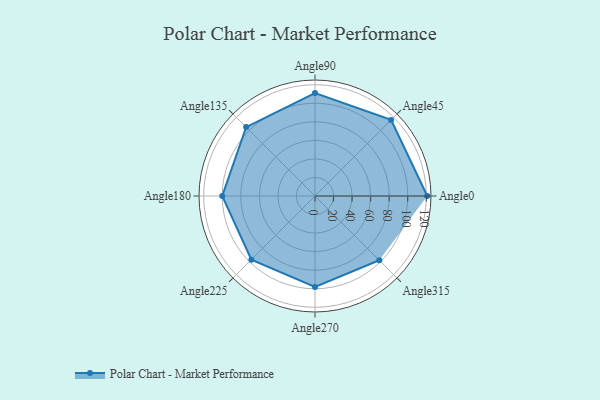
{"axis": {"x": "Angle", "y": "Radius"}, "legend": [""], "data": [{"x": "Angle0", "y": 121.0, "type": ""}, {"x": "Angle45", "y": 116.0, "type": ""}, {"x": "Angle90", "y": 111.0, "type": ""}, {"x": "Angle135", "y": 105.0, "type": ""}, {"x": "Angle180", "y": 100.0, "type": ""}, {"x": "Angle225", "y": 97.0, "type": ""}, {"x": "Angle270", "y": 98.0, "type": ""}, {"x": "Angle315", "y": 98.0, "type": ""}]}